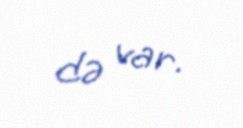
də var.